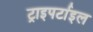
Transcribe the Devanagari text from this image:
ट्राइपर्टाइल